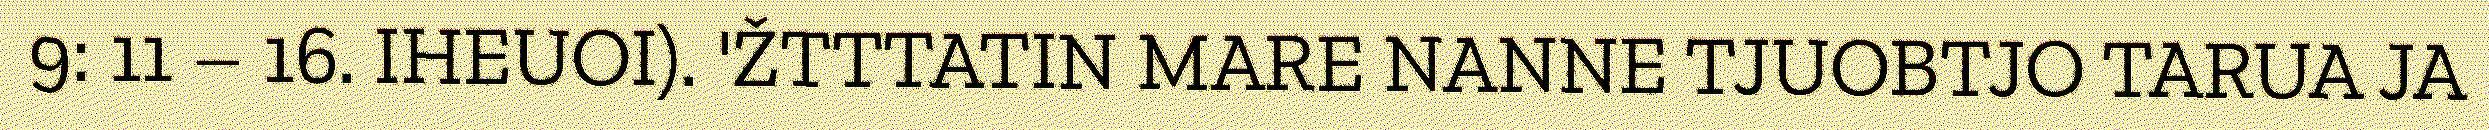
9: 11 – 16. IHEUOI). 'ŽTTTATIN MARE NANNE TJUOBTJO TARUA JA